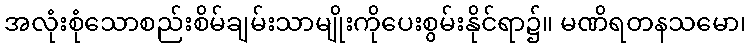
အလုံးစုံသောစည်းစိမ်ချမ်းသာမျိုးကိုပေးစွမ်းနိုင်ရာ၌။ မဏိရတနသမော၊